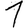
Digit: 1